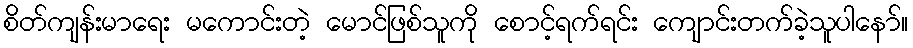
စိတ်ကျန်းမာရေး မကောင်းတဲ့ မောင်ဖြစ်သူကို စောင့်ရက်ရင်း ကျောင်းတက်ခဲ့သူပါနော်။